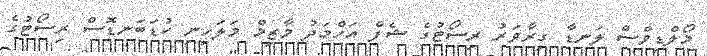
މޯލްޑިވްސް ލަނޑާ ގިރާވަރު ރިސޯޓުގެ ޝެފް އަހްމަދު މާޒިމް މަލަހިނި ކުޑަބަނޑޮސް ރިސޯޓުގެ